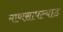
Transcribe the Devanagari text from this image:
माणसापल्याड